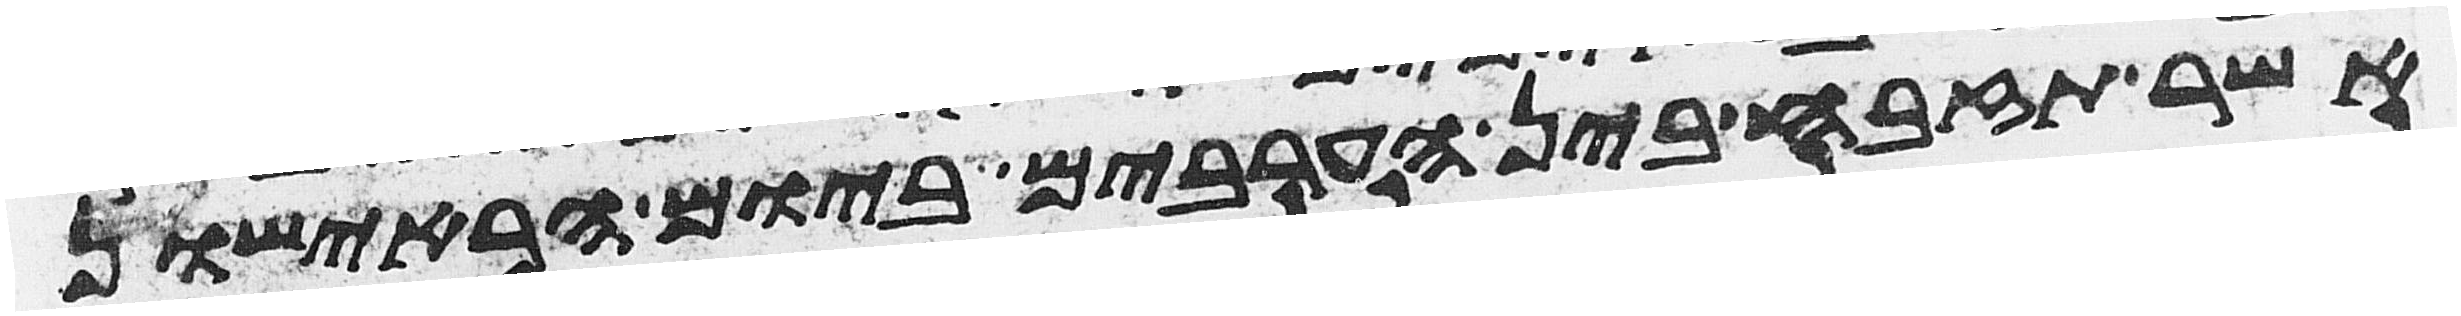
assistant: אשר תזבח בין הערבים ביום הראישון